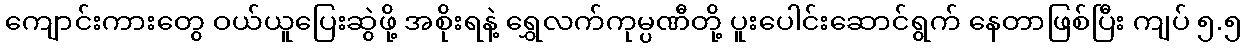
ကျောင်းကားတွေ ဝယ်ယူပြေးဆွဲဖို့ အစိုးရနဲ့ ရွှေလက်ကုမ္ပဏီတို့ ပူးပေါင်းဆောင်ရွက် နေတာဖြစ်ပြီး ကျပ် ၅.၅